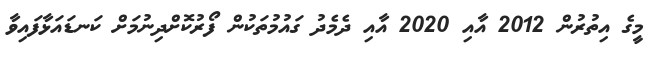
މީގެ އިތުރުން 2012 އާއި 2020 އާއި ދެމެދު ގައުމުތަކުން ފޯރުކޮށްދިނުމަށް ކަނޑައަޅާފައިވާ